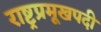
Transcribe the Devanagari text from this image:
राष्ट्रप्रमूखपदी